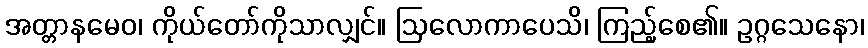
အတ္တာနမေဝ၊ ကိုယ်တော်ကိုသာလျှင်။ ဩလောကာပေသိ၊ ကြည့်စေ၏။ ဥဂ္ဂသေနော၊